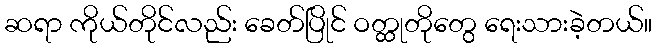
ဆရာ ကိုယ်တိုင်လည်း ခေတ်ပြိုင် ဝတ္ထုတိုတွေ ရေးသားခဲ့တယ်။